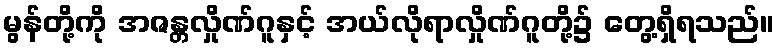
မွန်တို့ကို အဇန္တလှိုဏ်ဂူနှင့် အယ်လိုရာလှိုဏ်ဂူတို့၌ တွေ့ရှိရသည်။